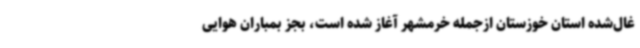
غال‌شده استان خوزستان ازجمله خرمشهر آغاز شده است، بجز بمباران هوایی